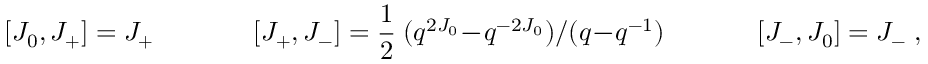
[ J _ { 0 } , J _ { + } ] = J _ { + } ~ ~ ~ ~ ~ ~ ~ ~ ~ ~ ~ ~ ~ ~ ~ [ J _ { + } , J _ { - } ] = { \frac { 1 } { 2 } } ~ ( q ^ { 2 J _ { 0 } } - q ^ { - 2 J _ { 0 } } ) / ( q - q ^ { - 1 } ) ~ ~ ~ ~ ~ ~ ~ ~ ~ ~ ~ ~ ~ ~ [ J _ { - } , J _ { 0 } ] = J _ { - } ~ ,